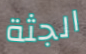
الجثة